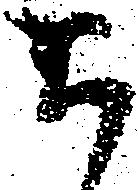
ち